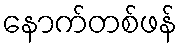
နောက်တစ်ဖန်